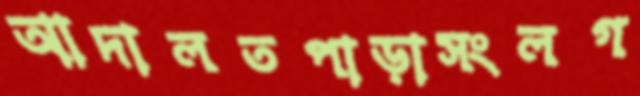
আদালতপাড়াসংলগ